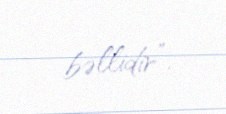
bəllidir”.